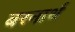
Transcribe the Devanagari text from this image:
बरनार्थ